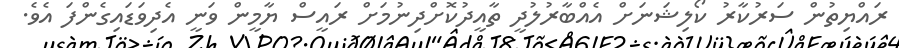
ރައްޔިތުން ސަރުކާރު ކޯލިޝަނަށް އެއްބާރުލުދީ ތާއީދުކޮށްދިނުމަށް ރައީސް ޔާމީން ވަނީ އެދިވަޑައިގެންފަ އެވެ.